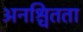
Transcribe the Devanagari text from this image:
अनश्चितता